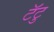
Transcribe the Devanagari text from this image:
टॅटु